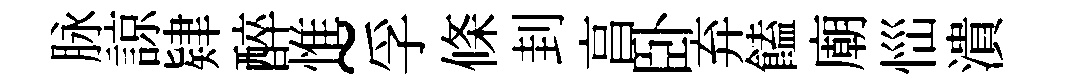
脉諒肄醉惟~孚條刲亯卧弃饁廟𢙉潰